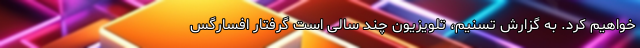
خواهیم کرد. به گزارش تسنیم، تلویزیون چند سالی است گرفتارِ افسارگس